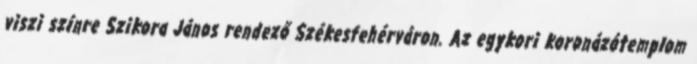
viszi színre Szikora János rendező Székesfehérváron. Az egykori koronázótemplom